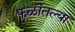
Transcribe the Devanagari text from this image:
फळांतल्या